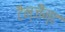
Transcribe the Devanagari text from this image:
टैन्जैन्ट